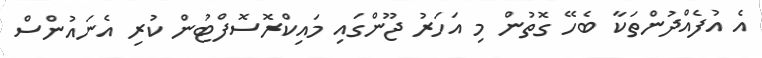
އެ އުފެއްދުންތަކާ ބެހޭ ގޮތުން މި އަހަރު ޖޫންގައި މައިކްރޮސޮފްޓުން ކުރި އެނައުންސް